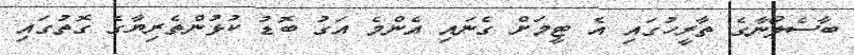
ބާސެލޯނާގެ ތާރީހުގައި އެ ޓީމަށް ގެނައި އެންމެ އަގު ބޮޑު ކުޅުންތެރިޔާގެ ގޮތުގައި